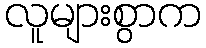
လူများစွာက